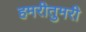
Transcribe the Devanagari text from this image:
हमरीतुमरी